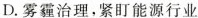
D.雾霾治理，紧盯能源行业